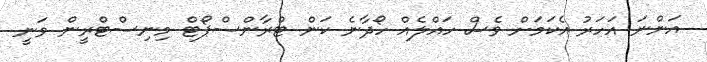
އަންނަ އަހަރު އެކަމަށް ވެސް ހައްލެއް ހޯދާނެ ކަން ޓްރާންސްޕޯޓް މިނިސްޓްރީން ވަނީ